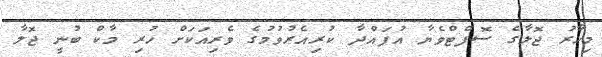
މިހާރު ޖޮލާގެ ސޮފްޓްވެޔާ އުފައްދާ ކުރިއެރުވުމުގެ ވެރިއަކަށް ހުރި މާކް ބުނީ ޖޮލާ